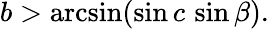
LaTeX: b>\arcsin(\sin c\, \sin\beta).